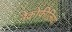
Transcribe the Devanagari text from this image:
नेक्रोफीलिया